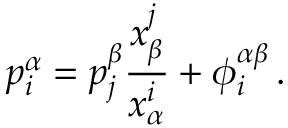
p _ { i } ^ { \alpha } = p _ { j } ^ { \beta } \frac { \d x _ { \beta } ^ { j } } { \d x _ { \alpha } ^ { i } } + \phi _ { i } ^ { \alpha \beta } \, .